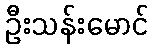
ဦးသန်းမောင်